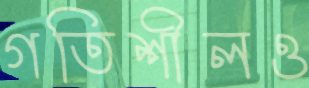
গতিশীলও